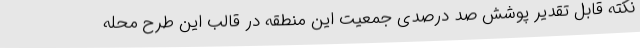
نکته قابل تقدیر پوشش صد درصدی جمعیت این منطقه در قالب این طرح محله